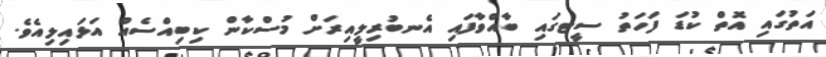
އަތުގައި އޮތް ކުޑަ ފަހަތު ސީޓގައި ބާއްވާފައި އެނބުރިލީއިރަށް މުސްކާން ކިބިއްސެއް އަޅައިލިއެވެ.